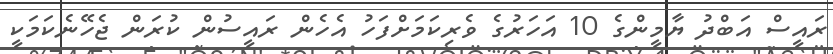
ރައީސް އަބްދު ޔާމީންގެ 10 އަހަރުގެ ވެރިކަމަށްފަހު އެހެން ރައީސުން ކުރަން ޖެހޭނެކަމަކީ